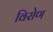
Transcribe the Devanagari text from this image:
विरोण